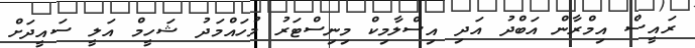
ރައީސް އިމްރާން އަބްދު އަދި އިސްލާމިކް މިނިސްޓަރު މުހައްމަދު ޝަހީމް އަލީ ސައީދަށް